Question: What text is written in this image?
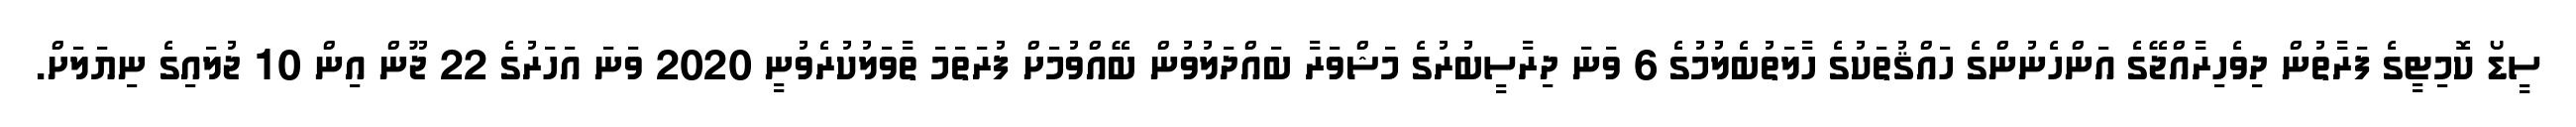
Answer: ސީޑޯ ކޮމިޓީގެ ފަރާތުން ދިވެހިރާއްޖޭގެ އަންހެނުންގެ ހައްޤުތަކުގެ ހާލަތުބެލުމުގެ 6 ވަނަ ދިރާސީބުރުގެ މަޝްވަރާ ބައްދަލުވުން ބޭއްވުމަށް ފުރަތަމަ ތާވަލުކުރެވުނީ 2020 ވަނަ އަހަރުގެ 22 ޖޫން އިން 10 ޖުލައިގެ ނިޔަލަށް.